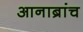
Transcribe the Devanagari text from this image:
आनाब्रांच